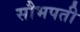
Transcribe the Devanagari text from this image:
सौभपती